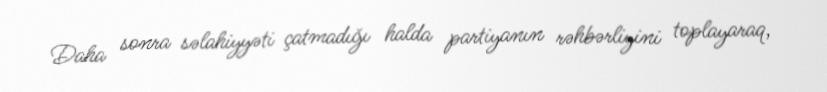
Daha sonra səlahiyyəti çatmadığı halda partiyanın rəhbərliyini toplayaraq,